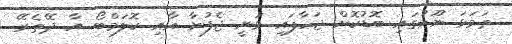
ތަމަޅަ ނޫހުގައި ބޮޑުކޮށް ޖަހާފައި ވަނީ ޖެފުނާ އާއި ކޮލަމްބޯ އާ ދޭތެރޭ